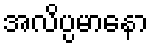
အလိပ္ပမာနော